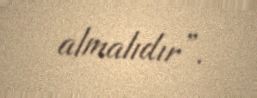
almalıdır”.